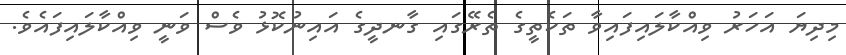
މިދިޔަ އަހަރު ވިއްކާލައިފައިވާ ތަކެތީގެ ތެެރޭގައި ގާނދީގެ އައިނުކޮޅު ވެސް ވަނީ ވިއްކާލައިފައެވެ.